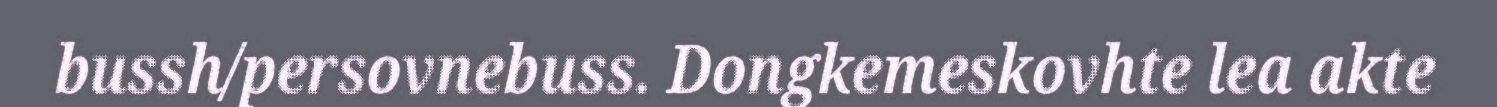
bussh/persovnebuss. Dongkemeskovhte lea akte